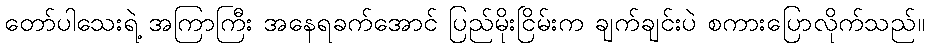
တော်ပါသေးရဲ့ အကြာကြီး အနေရခက်အောင် ပြည်မိုးငြိမ်းက ချက်ချင်းပဲ စကားပြောလိုက်သည်။